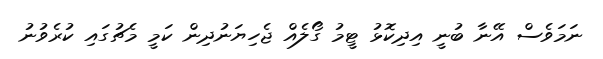
ނަމަވެސް އޭނާ ބުނީ އިދިކޮޅު ޓީމު ގޯލެއް ޖެހިޔަނުދިން ކަމީ މެޗުގައި ކުރެވުނު